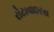
રોટાવાઇરસ